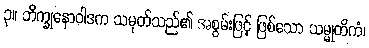
၃။ ဘိက္ခုနောဝါဒက သမုတ်သည်၏ အစွမ်းဖြင့် ဖြစ်သော သမ္မုတိကံ၊